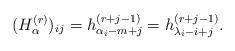
LaTeX: \begin{align*}(H_{\alpha}^{(r)})_{ij} = h_{\alpha_i - m + j}^{(r+j-1)} = h_{\lambda_i - i + j}^{(r+j-1)}.\end{align*}